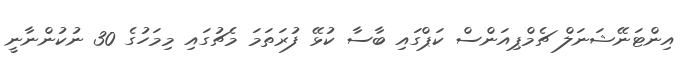
އިންޓަނޭޝަނަލް ޗެމްޕިއަންސް ކަޕްގައި ބާސާ ކުޅޭ ފުރަތަމަ މެޗުގައި މިމަހުގެ 30 ނުކުންނާނީ